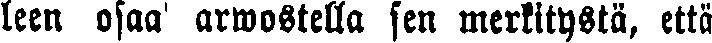
leen osaa arvostella sen merkitystä, että